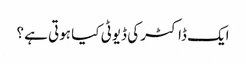
ایک ڈاکٹر کی ڈیوٹی کیا ہوتی ہے ؟